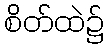
စိတ်ထဲ၌